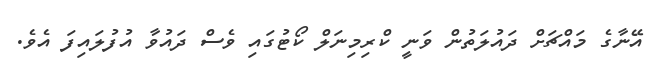
އޭނާގެ މައްޗަށް ދައުލަތުން ވަނީ ކްރިމިނަލް ކޯޓުގައި ވެސް ދައުވާ އުފުލައިފަ އެވެ.